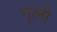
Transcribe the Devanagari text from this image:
गूली